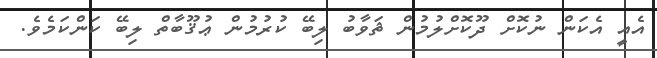
އެއީ އެކަން ނުކޮށް ދޫކޮށްލުމުން ޘަވާބު ލިބޭ ކުރުމުން ޢުޤޫބާތް ލިބޭ ކަންކަމެވެ.